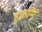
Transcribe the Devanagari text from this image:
हुकमि